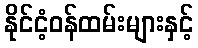
နိုင်ငံ့ဝန်ထမ်းများနှင့်